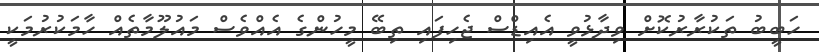
ހަބީބު ތަކުރާރުކޮށް ވިދާޅުވީ އެއިޑްސް ޖެހިފައި ތިބޭ މީހުންގެ އެއްވެސް މައުލޫމާތެއް ހާމަކުރުމަކީ